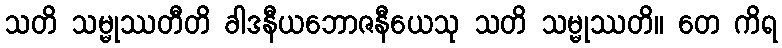
သတိ သမ္မုဿတီတိ ခါဒနီယဘောဇနီယေသု သတိ သမ္မုဿတိ။ တေ ကိရ